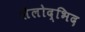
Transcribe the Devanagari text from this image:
शैलोद्भिद